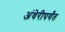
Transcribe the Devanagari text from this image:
अंधेरीपर्यंत